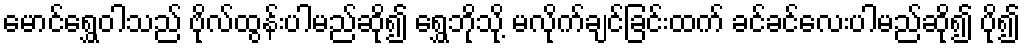
မောင်ရွှေဝါသည် ဗိုလ်ထွန်းပါမည်ဆို၍ ရွှေဘိုသို့ မလိုက်ချင်ခြင်းထက် ခင်ခင်လေးပါမည်ဆို၍ ပို၍